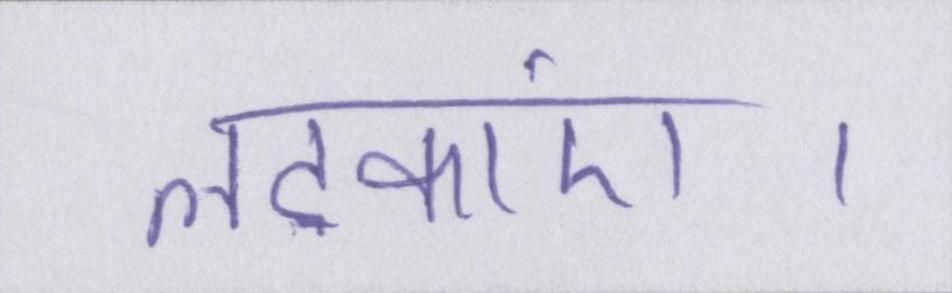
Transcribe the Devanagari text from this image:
लटकाएं।